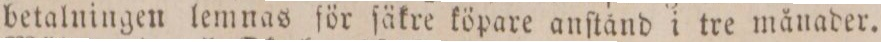
betalningen lemnas för ſäkre köpare anſtånd i tre månader.